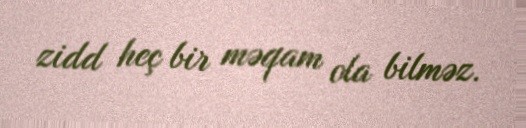
zidd heç bir məqam ola bilməz.